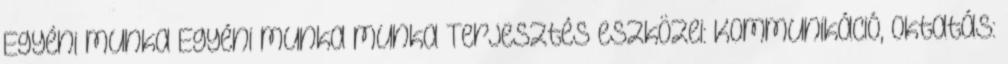
Egyéni munka Egyéni munka munka Terjesztés eszközei: Kommunikáció, oktatás: